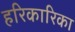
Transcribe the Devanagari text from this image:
हरिकारिका